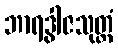
ဘာရဒွါဇသုတ္တံ